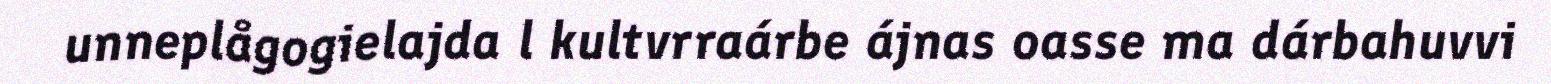
unneplågogielajda l kultvrraárbe ájnas oasse ma dárbahuvvi